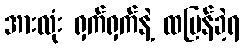
အားလုံး ရှက်ရှက်နဲ့ ထပြန်ခဲ့ရ